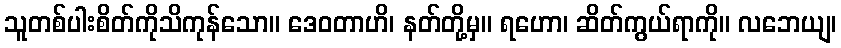
သူတစ်ပါးစိတ်ကိုသိကုန်သော။ ဒေဝတာဟိ၊ နတ်တို့မှ။ ရဟော၊ ဆိတ်ကွယ်ရာကို။ လဘေယျ၊